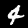
Label: 4